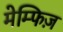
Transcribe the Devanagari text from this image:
मेम्फिज़